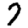
Digit: 7